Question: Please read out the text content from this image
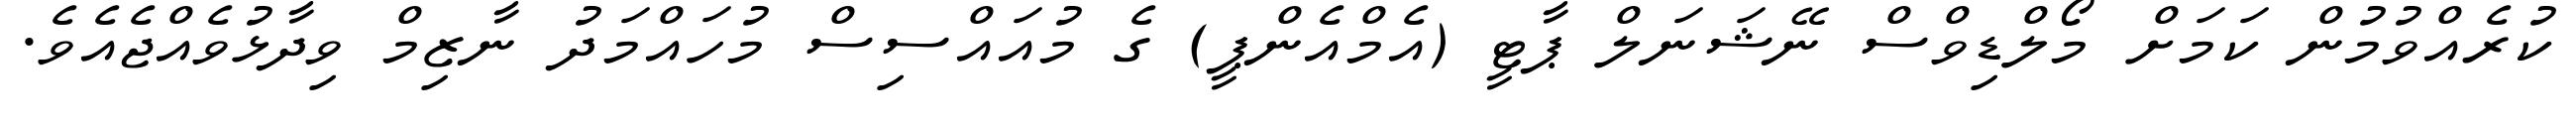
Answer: ކުރެއްވުމުން ކަމަށް މޯލްޑިވްސް ނޭޝަނަލް ޕާޓީ (އެމްއެންޕީ) ގެ މުއައްސިސް މުހައްމަދު ނާޒިމް ވިދާޅުވެއްޖެއެވެ.